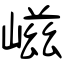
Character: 嵫